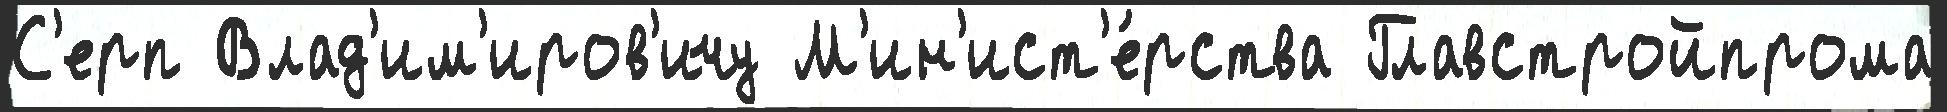
С'ерп Влад'им'иров'ичу М'ин'ист'е́рства Главстройпрома